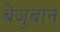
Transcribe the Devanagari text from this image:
बेजुबान